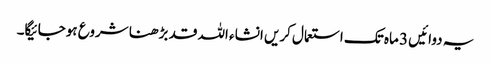
یہ دوائیں 3 ماہ تک استعمال کریں انشاء اللہ قد بڑھنا شروع ہوجائیگا۔